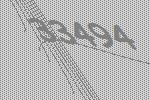
33494